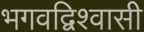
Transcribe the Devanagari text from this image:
भगवद्विश्‍वासी